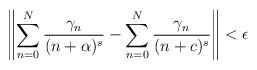
LaTeX: \begin{gather*}\left\| \sum_{n=0}^{N} \frac{\gamma_n}{(n+\alpha)^s} -\sum_{n=0}^{N} \frac{\gamma_n}{(n+c)^s}\right\|< \epsilon\end{gather*}